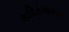
કાદિરગામાર